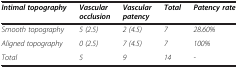
| Intimal topography | Vascular occlusion | Vascular patency | Total | Patency rate |
 | --- | --- | --- | --- | --- |
 | Smooth topography | 5 (2.5) | 2 (4.5) | 7 | 28.60% |
 | Aligned topography | 0 (2.5) | 7 (4.5) | 7 | 100% |
 | Total | 5 | 9 | 14 | - |